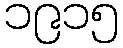
၁၉၁၅